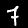
Label: 7